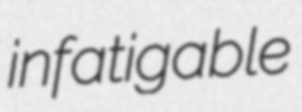
infatigable